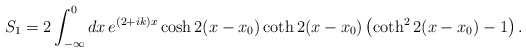
\begin{align*}S_{1}=2\int_{-\infty}^{0}dx\,e^{(2+ik)x}\cosh 2(x-x_{0})\coth2(x-x_{0})\left(\coth^{2} 2(x-x_{0})-1\right).\end{align*}